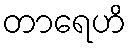
တာရေဟိ